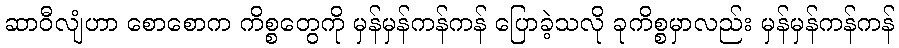
ဆာဝီလျံဟာ စောစောက ကိစ္စတွေကို မှန်မှန်ကန်ကန် ပြောခဲ့သလို ခုကိစ္စမှာလည်း မှန်မှန်ကန်ကန်